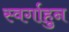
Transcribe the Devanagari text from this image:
स्वर्गाहुन